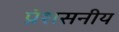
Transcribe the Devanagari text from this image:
प्रंशसनीय